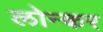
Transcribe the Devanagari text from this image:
लोन्कर